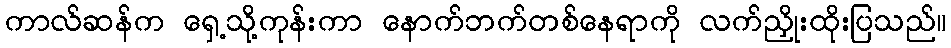
ကာလ်ဆန်က ရှေ့သို့ကုန်းကာ နောက်ဘက်တစ်နေရာကို လက်ညှိုးထိုးပြသည်။